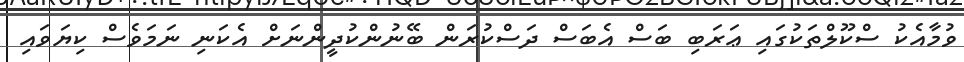
ވުމާއެކު ސްކޫލްތަކުގައި ޢަރަބި ބަސް އެބަސް ދަސްކުރަން ބޭނުންކުދީންނަށް އެކަނި ނަމަވެސް ކިޔަވައި